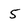
Character: 5